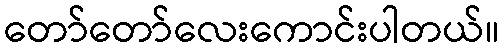
တော်တော်လေးကောင်းပါတယ်။